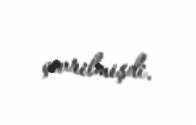
çevrilmişdi.